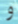
و